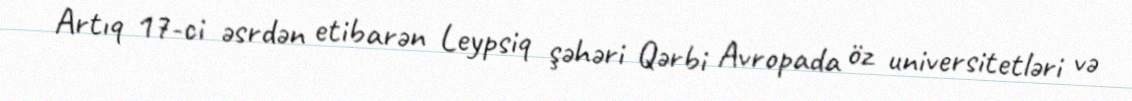
Artıq 17-ci əsrdən etibarən Leypsiq şəhəri Qərbi Avropada öz universitetləri və